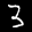
Label: 3